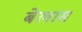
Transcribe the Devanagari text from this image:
बेलास